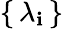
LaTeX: \{ \, \lambda_{\mathbf{i}}\, \}